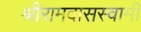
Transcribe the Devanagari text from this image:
श्रीरामदासस्वामी